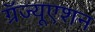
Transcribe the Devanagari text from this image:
ग्रॅज्यूएशन